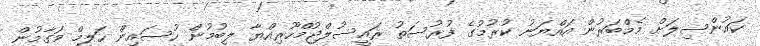
ކައުންސިލަށް މެމްބަރުން އައްޔަނު ކުރުމުގެ ފުރުސަތު ރައީސުލްޖުމްހޫރިއްޔާ ލިބުމުން ހުސައިން ހަލީމް މަގާމުން